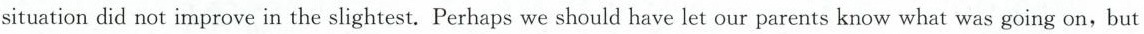
situation did not improve in the slightest. Perhaps we should have let our parents know what was going on，but